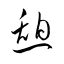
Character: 憩